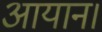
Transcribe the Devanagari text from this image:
आयान।